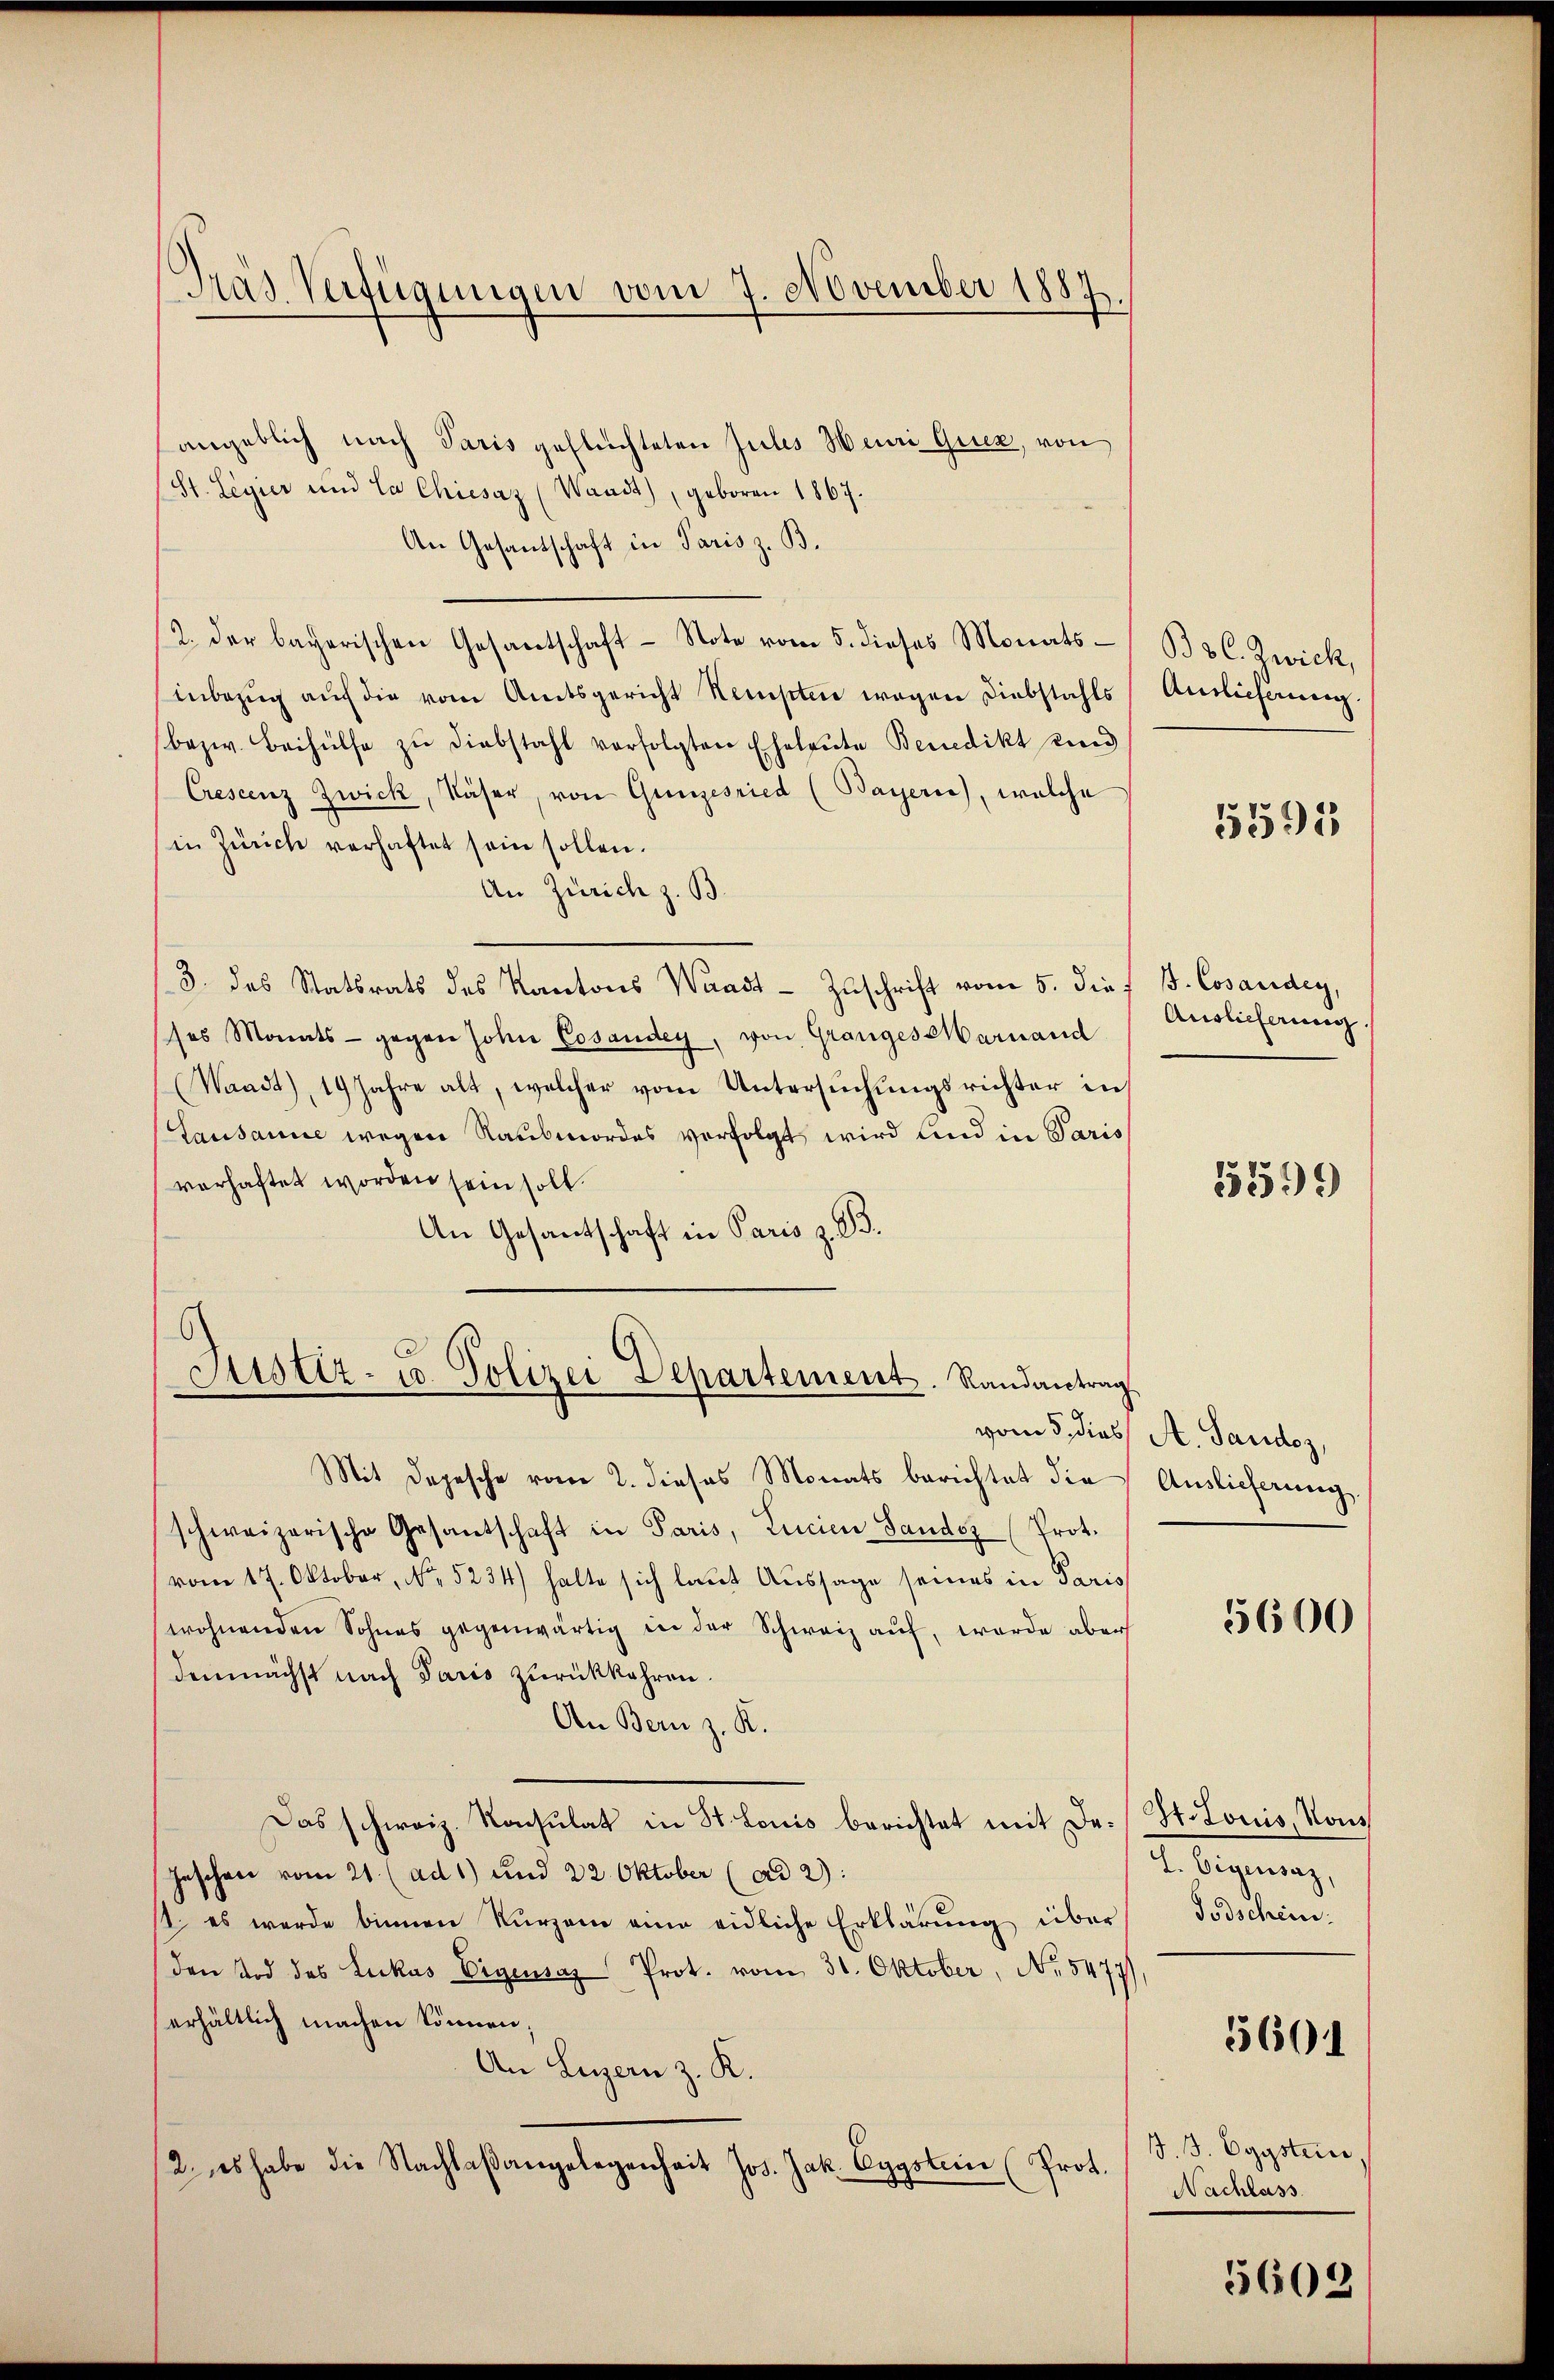
Pras Verfügungen vom 7. November 1887.

angeblich nach Paris geflüchteten Julis Heuri Quer, von
St. Legier und Ca Chiesaz (Waadt), geboren 1867.
An Gesandschaft in Paris z. B.
2. der bayerischen Gesantschaft - Note vom 5. dieses Monatsinbezug auf die vom Amtsgericht Kempten wegen Diebstahls
bezw. Beihülfe zŭ diebstahl verfolgten Eheleute Benedikt und
Crescenz Zwick, Käser, von Ganzesried (Bayern), welche
in Zürich verhaftet sein sollen.
An Zürich z. B.
3 das Statsrats des Kantons Waadt Zŭschrift vom 5. dies J. Cosardey,
ses Monats- gegen Johne Cosaudey, von Granges Marnand
(Waadt), 19 Jahre alt, welcher vom Untersuchungsrichter in
Lausanne wegen Raubmordes verfolgt wird und in Paris
vorhaftet worden sein soll.
An Gesantschaft in Paris z. B.

Justiz- u. Polizei Departement. Randantrag

Mit Depesche vom 2. dieses Monats berichtet die
schweizerische Gesandschaft in Paris, Lucien Sandoz (Prot.
vom 17. Oktober, No. 5234) halte sich laut Aussage seines in Paris
wohnenden Sohnes gegenwärtig in der Schweiz auf, werde aber
demnächst nach Paris zurückkehren.
An Bern z. K.
Das schweiz. Konsulat in St. Louis berichtet mit Dr. St. Louis, Kons
Geschen vom 21. (ad 1) und 22. Oktober (ad 2):
2. es werde binnen Kurzem eine eidliche Erklärung über
(den Tod des Lukas Eigensaz Prot. vom 31. Oktober, No. 5477)
erhältlich machen können;
An Luzern z. K.
2. es habe die Nachlaßangelegenheit Jos. Jak. Eggstein (Prot.

Bo C. Zwick,
Auslieferung.

5595

Auslieferung.

15599

vom 5. dies, A. Gandoz,
Auslieferung.

5600

7. Eigensaz,
Todschein.

560

J. J. Egystei
Nachlass

5603